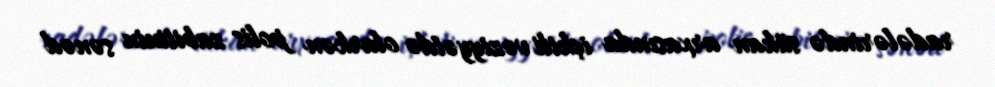
radələrində sükan arxasında içkili vəziyyətdə olarkən polis zabitinin sənəd